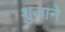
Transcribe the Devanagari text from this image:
शुजाने